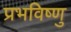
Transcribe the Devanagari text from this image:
प्रभविष्णु